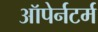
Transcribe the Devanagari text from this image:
ऑपेर्नटर्म